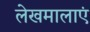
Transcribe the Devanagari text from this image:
लेखमालाएं